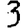
Digit: 3